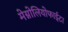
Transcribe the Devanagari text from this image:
मेग्नोलियोफाईटा